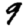
Digit: 9